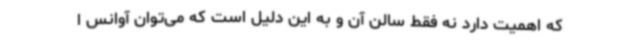
که اهمیت دارد نه فقط سالن آن و به این دلیل است که می‌توان آوانس ا